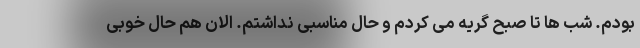
بودم. شب ها تا صبح گریه می کردم و حال مناسبی نداشتم. الان هم حال خوبی